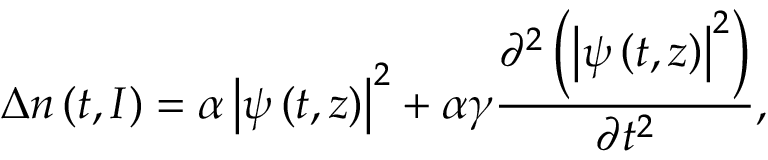
\Delta n \left( t , I \right) = \alpha \left| \psi \left( t , z \right) \right| ^ { 2 } + \alpha \gamma \frac { \partial ^ { 2 } \left( \left| \psi \left( t , z \right) \right| ^ { 2 } \right) } { \partial t ^ { 2 } } ,